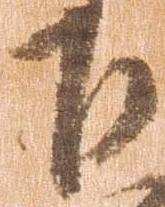
下